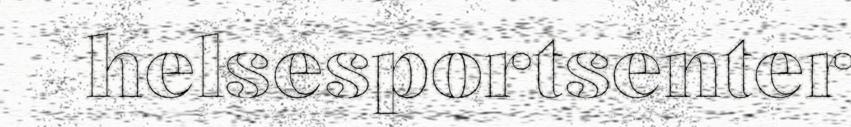
helsesportsenter